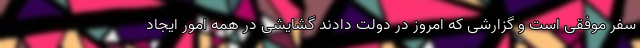
سفر موفقی است و گزارشی که امروز در دولت دادند گشایشی در همه امور ایجاد